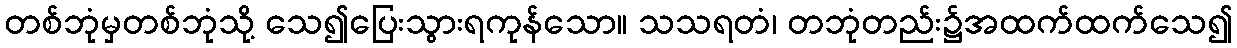
တစ်ဘုံမှတစ်ဘုံသို့ သေ၍ပြေးသွားရကုန်သော။ သသရတံ၊ တဘုံတည်း၌အထက်ထက်သေ၍